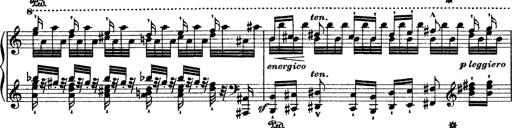
Title: Grande fantasie di bravura sur La clochette
Composer: Franz Liszt
Key: A minor